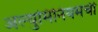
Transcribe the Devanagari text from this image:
अल्युमिनियमची